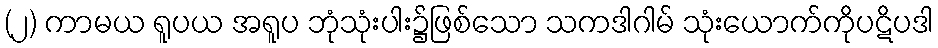
(၂) ကာမယ ရူပယ အရူပ ဘုံသုံးပါး၌ဖြစ်သော သကဒါဂါမ် သုံးယောက်ကိုပဋိပဒါ